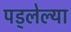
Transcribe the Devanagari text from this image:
पड्लेल्या